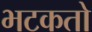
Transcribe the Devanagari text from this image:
भटकतो